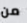
من